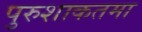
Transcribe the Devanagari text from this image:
पुरुशाकतमा